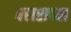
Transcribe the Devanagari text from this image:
बसराच्या